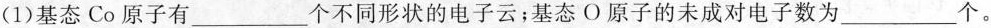
(1)基态Co原子有___个不同形状的电子云；基态O原子的未成对电子数为___个。